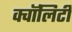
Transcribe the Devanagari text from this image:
क्वॉलिटी